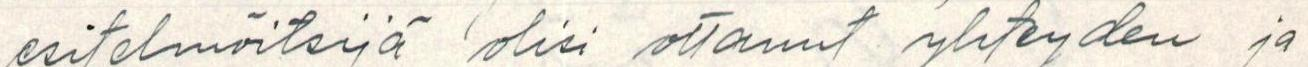
esitelmöitsijä olisi ottanut yhteyden ja